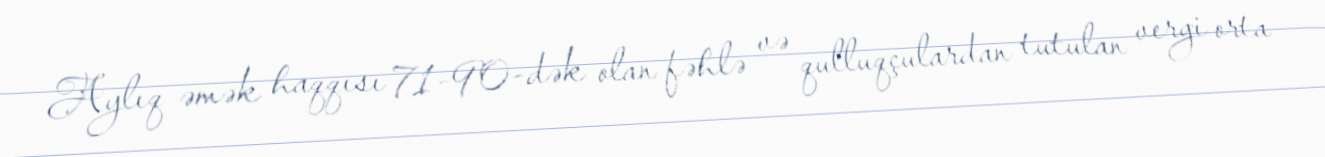
Aylıq əmək haqqısı 71-90-dək olan fəhlə və qulluqçulardan tutulan vergi orta